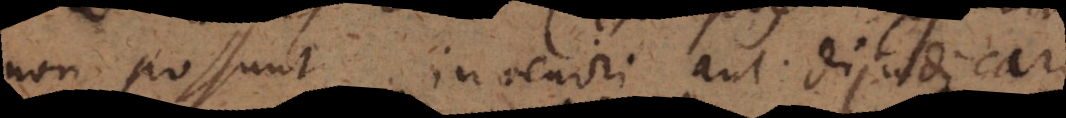
non possunt inveniri aut dijudicari